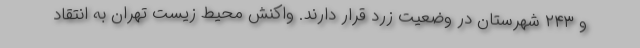
و ۲۴۳ شهرستان در وضعیت زرد قرار دارند. واکنش محیط زیست تهران به انتقاد